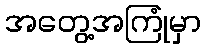
အတွေ့အကြုံမှာ